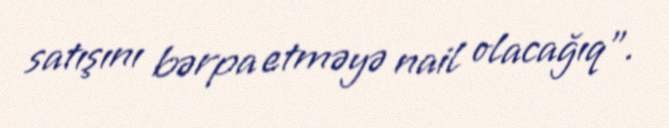
satışını bərpa etməyə nail olacağıq”.